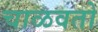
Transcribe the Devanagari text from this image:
चाळवतो